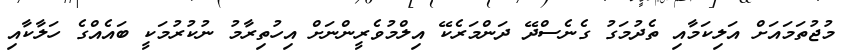
މުޖުތަމައަށް އަލިކަމާއި ތެދުމަގު ގެނެސްދޭ ދަންމަރެކޭ އިލްމުވެރީންނަށް އިހުތިރާމު ނުކުރުމަކީ ބައެއްގެ ހަލާކާއި